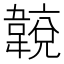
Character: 𩏈